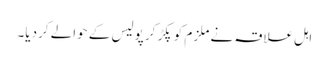
اہل علاقہ نے ملزم کو پکڑ کر پولیس کے حوالے کردیا۔